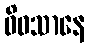
ဝိဝသာနေ